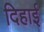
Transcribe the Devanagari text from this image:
दिहाई